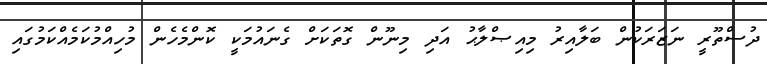
ދުސްތޫރީ ނަޒަރަކުން ބަލާއިރު މިއިޞްލާޙު އަދި މިނޫން ގޮތަކަށް ގެނައުމަކީ ކޮންމެހެން މުހިއްމުކަމެއްކަމުގައި